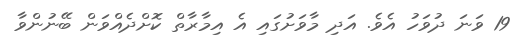
19 ވަނަ ދުވަހު އެވެ. އަދި މާވަށުގައި އެ އިމާރާތް ކޮށްދެއްވަން ބޭނުންވާ